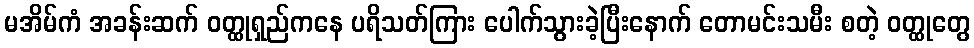
မအိမ်ကံ အခန်းဆက် ဝတ္ထုရှည်ကနေ ပရိသတ်ကြား ပေါက်သွားခဲ့ပြီးနောက် တောမင်းသမီး စတဲ့ ဝတ္ထုတွေ